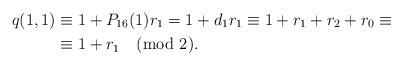
LaTeX: \begin{align*}q(1,1)&\equiv1+P_{16}(1)r_1=1+d_1r_1\equiv1+r_1+r_2+r_0\equiv\\&\equiv 1+r_1 \pmod{2}.\end{align*}